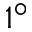
1 ^ { \circ }